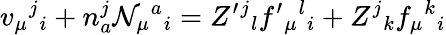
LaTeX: v_{\mu}{}^{j}{}_{i}+n_{a}^{j}\mathcal{N}_{\mu}{}^{a}{}_{i}=Z^{\prime}{}^{j}{}_{l}f^{\prime}{}_{\mu}{}^{l}{}_{i}+Z^{j}{}_{k}f_{\mu}{}^{k}{}_{i}